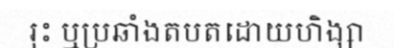
រុះ ឬប្រឆាំងតបតដោយហិង្សា